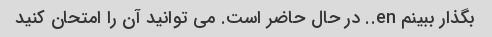
بگذار ببینم en.. در حال حاضر است. می توانید آن را امتحان کنید